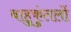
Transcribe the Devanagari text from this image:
बाहुकुंतलों